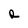
Character: R